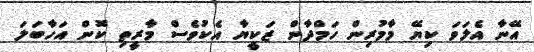
އޭނާ އެލަވަ ކިޔޭ މާމުރިން ހަމްދާން ޒަކީޔާ އެކުވެސް މާރީތި ކޮން އަހާބަލަ